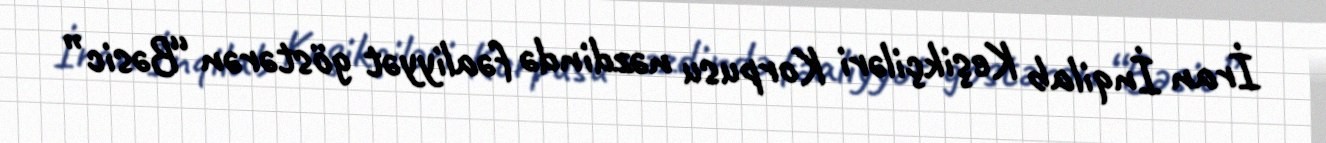
İran İnqilab Keşikçiləri Korpusu nəzdində fəaliyyət göstərən “Bəsic”